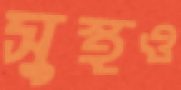
সুস্থও